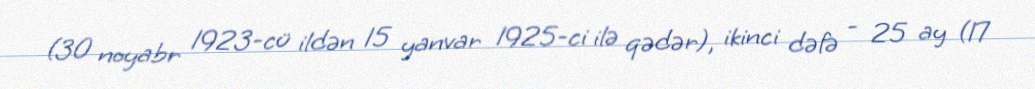
(30 noyabr 1923-cü ildən 15 yanvar 1925-ci ilə qədər), ikinci dəfə - 25 ay (17